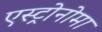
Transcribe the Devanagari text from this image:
एस्ट्रोनोमा